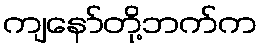
ကျနော်တို့ဘက်က